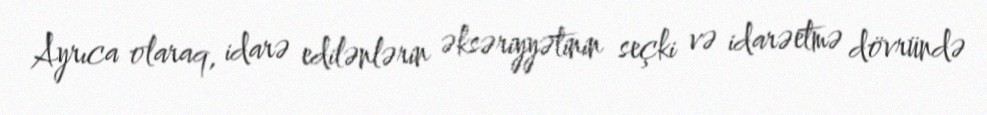
Ayrıca olaraq, idarə edilənlərin əksəriyyətinin seçki və idarəetmə dövründə